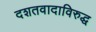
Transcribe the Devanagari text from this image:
दशतवादाविरुद्ध